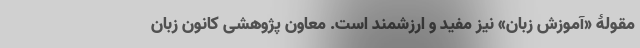
مقولۀ «آموزش زبان» نیز مفید و ارزشمند است. معاون پژوهشی کانون زبان